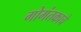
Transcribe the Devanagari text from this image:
गोमंतकाचे